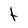
Character: t